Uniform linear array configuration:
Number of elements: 64
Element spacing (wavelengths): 1
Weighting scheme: cosine
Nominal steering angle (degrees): -15
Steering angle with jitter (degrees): -14.787
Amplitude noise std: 0.05
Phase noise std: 0.05

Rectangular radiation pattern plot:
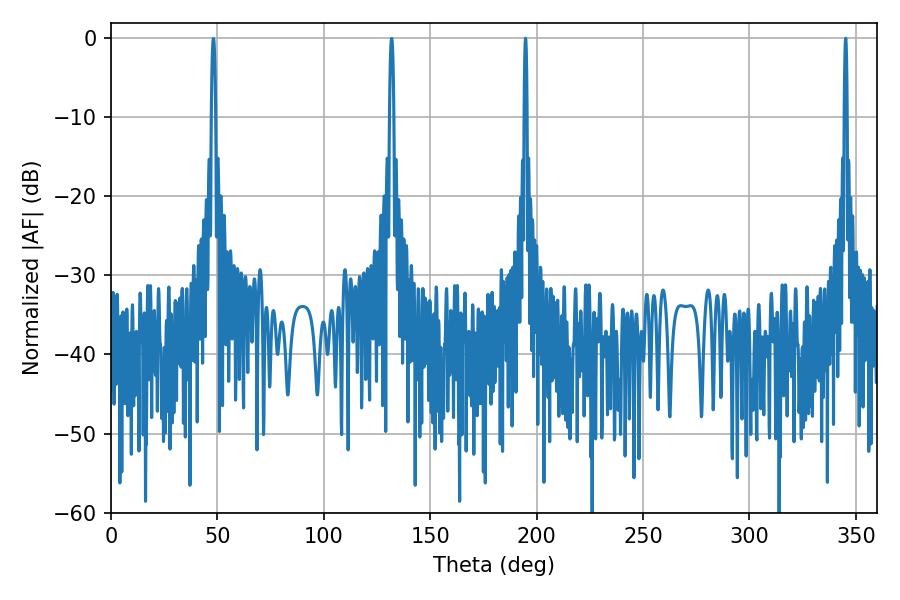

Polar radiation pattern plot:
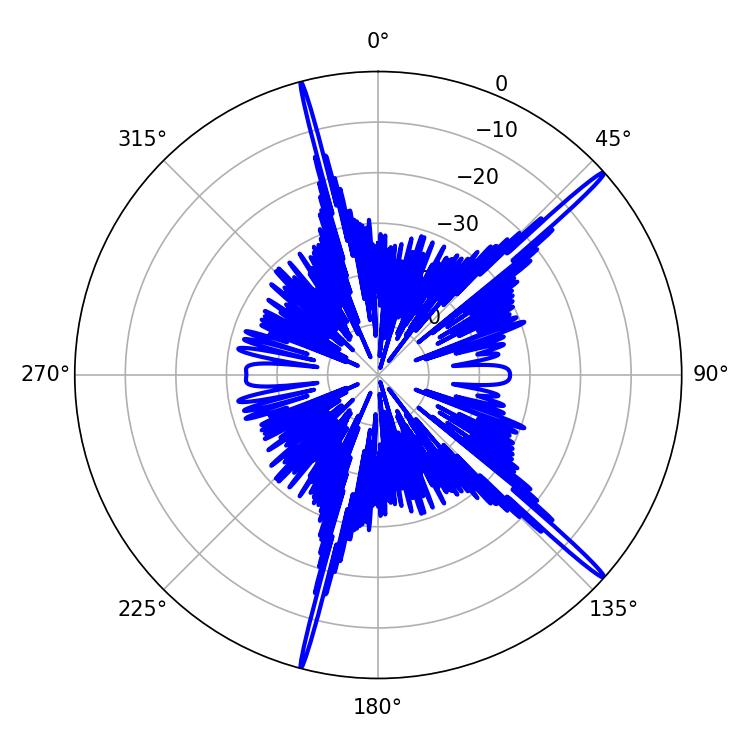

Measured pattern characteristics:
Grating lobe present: TRUE
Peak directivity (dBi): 18.732
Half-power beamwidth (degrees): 0.72
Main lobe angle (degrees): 194.76